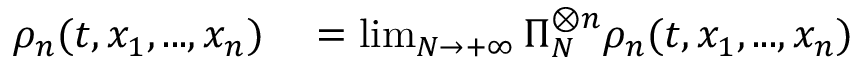
\begin{array} { r l } { \rho _ { n } ( t , x _ { 1 } , . . . , x _ { n } ) } & { { } = \operatorname* { l i m } _ { N \to + \infty } \Pi _ { N } ^ { \otimes n } \rho _ { n } ( t , x _ { 1 } , . . . , x _ { n } ) } \end{array}